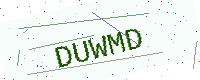
Text: DUWMD